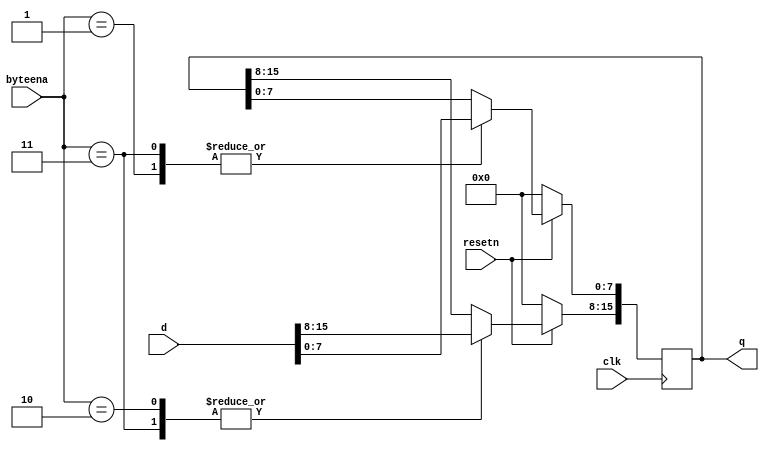
module top_module (
    input clk,
    input resetn,
    input [1:0] byteena,
    input [15:0] d,
    output [15:0] q
);
    always @(posedge clk)
        begin
            if(resetn)
                begin
                    case(byteena)
                        2'b01:q[7:0]<=d[7:0];
                        2'b10:q[15:8]<=d[15:8];
                        2'b11:q<=d;
                    endcase
                end
            else
                q <= '0;                      
        end

endmodule